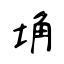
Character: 埆